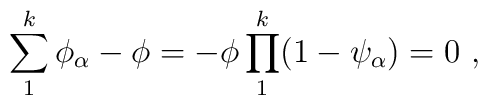
\sum_{1}^{k} \phi_{\alpha}-\phi=-\phi \prod_{1}^{k} (1-\psi_{\alpha})=0\,\,,